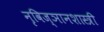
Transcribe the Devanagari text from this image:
नृविज्ञानशास्त्री